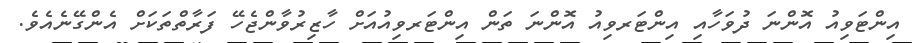
އިންޓަވިއު އޮންނަ ދުވަހާއި އިންޓަރވިއު އޮންނަ ތަން އިންޓަރވިއުއަށް ހާޒިރުވާންޖެހޭ ފަރާތްތަކަށް އެންގޭނެއެވެ.